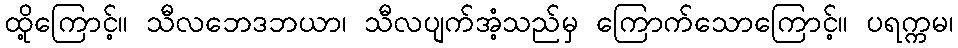
ထို့ကြောင့်။ သီလဘေဒဘယာ၊ သီလပျက်အံ့သည်မှ ကြောက်သောကြောင့်။ ပရက္ကမ၊